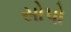
સોપો